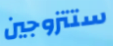
ستتزوجين